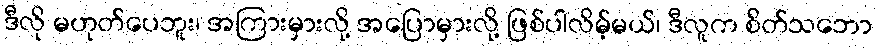
ဒီလို မဟုတ်ပေဘူး၊ အကြားမှားလို့ အပြောမှားလို့ ဖြစ်ပါလိမ့်မယ်၊ ဒီလူက စိတ်သဘော